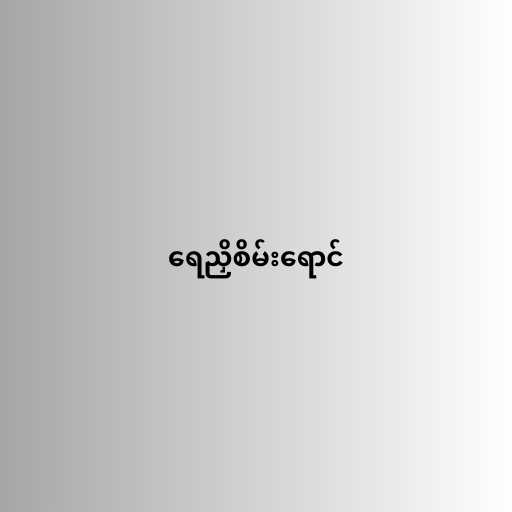
ရေညှိစိမ်းရောင်